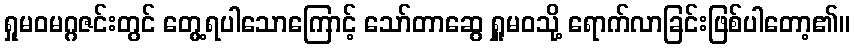
ရှုမဝမဂ္ဂဇင်းတွင် တွေ့ရပါသောကြောင့် သော်တာဆွေ ရှူမဝသို့ ရောက်လာခြင်းဖြစ်ပါတော့၏။